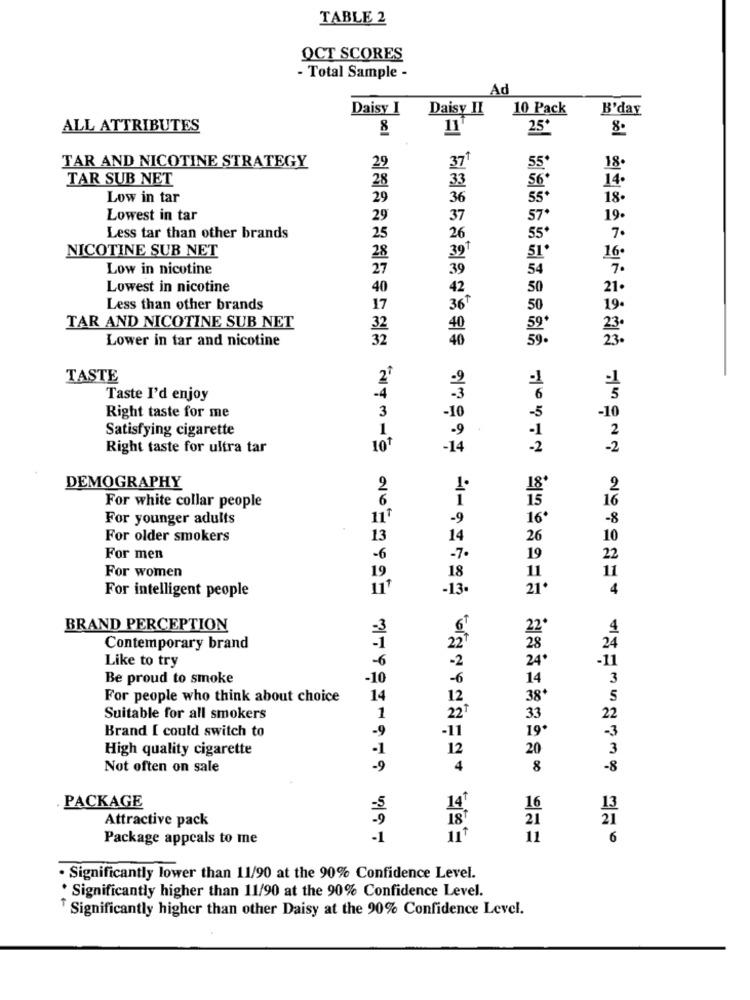
TABLE 2
OCT SCORES
- Total Sample -
Ad
Daisy I Daisy II
10 Pack
B'day
ALL ATTRIBUTES
8
25*
EL
371
55*
TAR AND NICOTINE STRATEGY
29
18.
TAR SUB NET
28
33
56
14.
Low in tar
29
36
55*
18.
Lowest in tar
29
37
57*
19.
Less tar than other brands
25
26
55*
7.
NICOTINE SUB NET
28
16.
Low in nicotine
27
Lowest in nicotine
Less than other brands
TAR AND NICOTINE SUB NET
Lower in tar and nicotine
32
TASTE
Taste I'd enjoy
Right taste for me
-10
Satisfying cigarette
Right taste for ultra tar
101
14
2
DEMOGRAPHY
For white collar people
For younger adults
11ª
16*
For older smokers
13
For men
-6
For women
19
For intelligent people
11
-13
21
BRAND PERCEPTION
Contemporary brand
Like to try
-6
Be proud to smoke
10
For people who think about choice
14
12
Suitable for all smokers
1
22
-9
Brand I could switch to
-11
High quality cigarette
-1
12
20
Not often on sale
-9
4
8
PACKAGE
14+
=5
16
Attractive pack
18
21
Package appeals to me
-1
전화酒325월30410 월5 일36091 21917181 42141211124 yBm
11
Significantly lower than 11/90 at the 90% Confidence Level.
* Significantly higher than 11/90 at the 90% Confidence Level.
Significantly higher than other Daisy at the 90% Confidence Level.